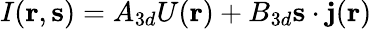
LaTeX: I({\mathbf r},{\mathbf s})=A_{3d}U({\mathbf r})+B_{3d}{\mathbf s}\cdot{\mathbf j}({\mathbf r})